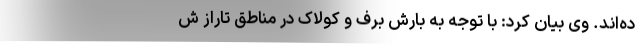
ده‌اند. وی بیان کرد: با توجه به بارش برف و کولاک در مناطق تاراز ش